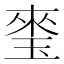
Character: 𤦃